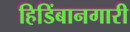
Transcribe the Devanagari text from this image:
हिडिंबानगारी